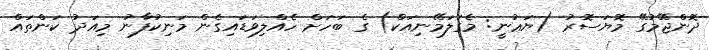
ދޮންޖޭމުގޭ މޮޔަސޮރު (ޔަޢުނީ: މެގަލަމޭނިއަކް) ގެ ބަހަށް ހެއްލިވަޑައިގެން މަނިކުފާނު މިއަދު ކަންތައް